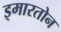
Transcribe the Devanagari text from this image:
इमारतोन